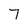
Character: 7